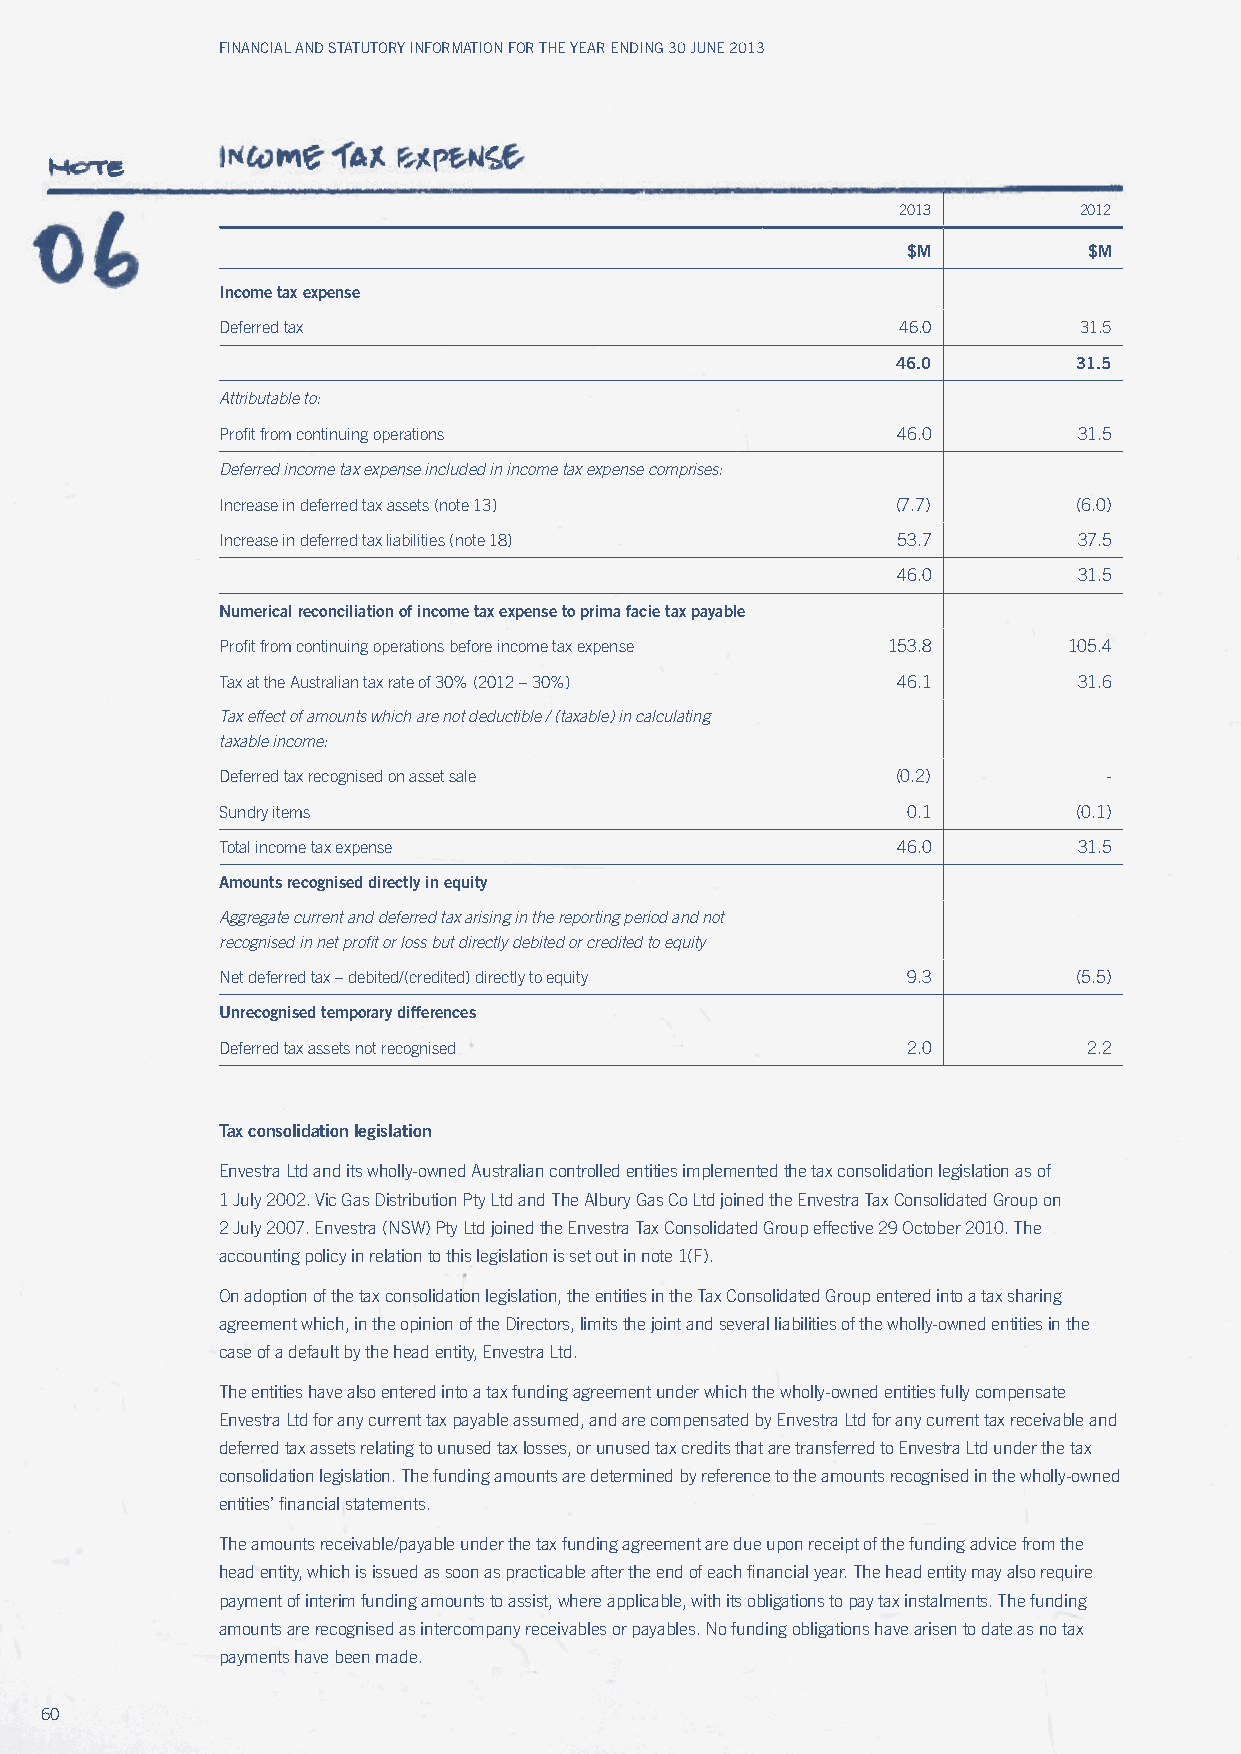
Financial and Statutory inFormation For the year ending 30 June 2013
 2013       2012
 $M          $M
 Income tax expense
 Deferred tax                                 46.0       31.5
 46.0        31.5
 Attributable to:
 Profit from continuing operations           46.0        31.5
 Deferred income tax expense included in income tax expense comprises:
 Increase in deferred tax assets (note 13)   (7.7)       (6.0)
 Increase in deferred tax liabilities (note 18) 53.7     37.5
 46.0        31.5
 Numerical reconciliation of income tax expense to prima facie tax payable
 Profit from continuing operations before income tax expense 153.8 105.4
 Tax at the Australian tax rate of 30% (2012 – 30%) 46.1 31.6
 tax effect of amounts which are not deductible / (taxable) in calculating
 taxable income:
 Deferred tax recognised on asset sale       (0.2)         -
 Sundry items                                 0.1        (0.1)
 Total income tax expense                    46.0        31.5
 Amounts recognised directly in equity
 Aggregate current and deferred tax arising in the reporting period and not
 recognised in net profit or loss but directly debited or credited to equity
 Net deferred tax – debited/(credited) directly to equity 9.3 (5.5)
 unrecognised temporary differences
 Deferred tax assets not recognised           2.0         2.2
 Tax consolidation legislation
 Envestra Ltd and its wholly-owned Australian controlled entities implemented the tax consolidation legislation as of
 1 July 2002. vic Gas Distribution Pty Ltd and The Albury Gas Co Ltd joined the Envestra Tax Consolidated Group on
 2 July 2007. Envestra (NSw) Pty Ltd joined the Envestra Tax Consolidated Group effective 29 October 2010. The
 accounting policy in relation to this legislation is set out in note 1(F).
 On adoption of the tax consolidation legislation, the entities in the Tax Consolidated Group entered into a tax sharing
 agreement which, in the opinion of the Directors, limits the joint and several liabilities of the wholly-owned entities in the
 case of a default by the head entity, Envestra Ltd.
 The entities have also entered into a tax funding agreement under which the wholly-owned entities fully compensate
 Envestra Ltd for any current tax payable assumed, and are compensated by Envestra Ltd for any current tax receivable and
 deferred tax assets relating to unused tax losses, or unused tax credits that are transferred to Envestra Ltd under the tax
 consolidation legislation. The funding amounts are determined by reference to the amounts recognised in the wholly-owned
 entities’ financial statements.
 The amounts receivable/payable under the tax funding agreement are due upon receipt of the funding advice from the
 head entity, which is issued as soon as practicable after the end of each financial year. The head entity may also require
 payment of interim funding amounts to assist, where applicable, with its obligations to pay tax instalments. The funding
 amounts are recognised as intercompany receivables or payables. No funding obligations have arisen to date as no tax
 payments have been made.
 60